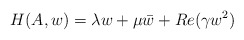
\begin{align*} H(A,w)=\lambda w+\mu\bar{w}+Re(\gamma w^2) \end{align*}